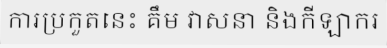
ការប្រកួតនេះ គឹម វាសនា និងកីឡាករ